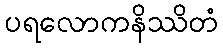
ပရလောကနိဿိတံ